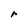
Character: r